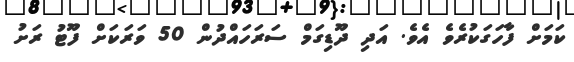
ކަމަށް ފާހަގަކުރެވެ އެވެ. އަދި ދޫޑިގަމް ސަރަހައްދުން 50 ވަރަކަށް ފޫޓު ރަށު